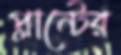
প্লান্টের